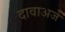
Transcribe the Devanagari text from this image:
दावाअर्ज